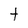
Character: t